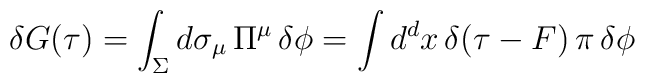
\delta G (\tau) = \int_\Sigma d\sigma_\mu \, \Pi^\mu \, \delta\phi =  \int d^d x \, \delta   (\tau - F) \, \pi \,  \delta \phi \;